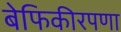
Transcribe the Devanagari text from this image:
बेफिकीरपणा